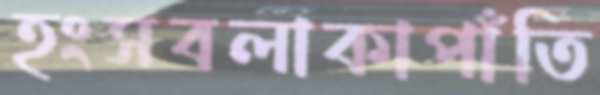
হংসবলাকাপাঁতি